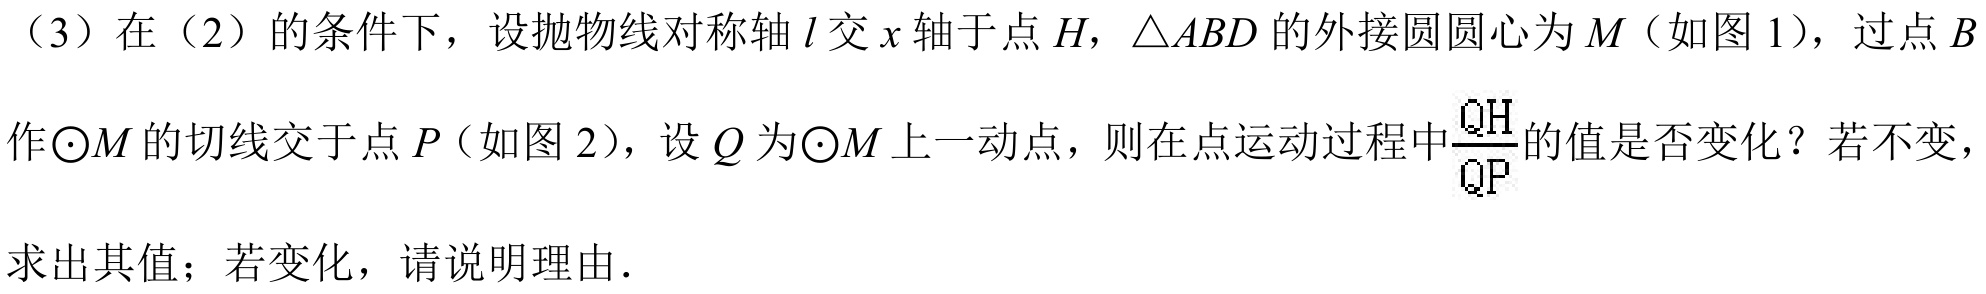
（3）在（2）的条件下，设抛物线对称轴\(l\)交\(x\)轴于点\(H\)，\(\triangle ABD\)的外接圆圆心为\(M\)（如图1），过点\(B\)
作\(\odot M\)的切线交于点\(P\)（如图2），设\(Q\)为\(\odot M\)上一动点，则在点运动过程中\(\frac{QH}{QP}\)的值是否变化？若不变，
求出其值；若变化，请说明理由．